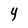
Character: 4